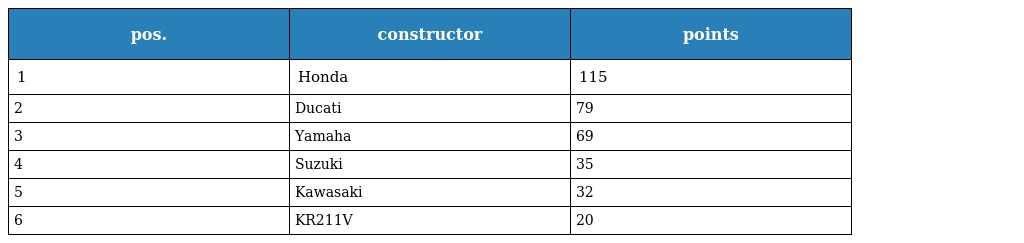
| pos. | constructor | points |
 | --- | --- | --- |
 | 1 | Honda | 115 |
 | 2 | Ducati | 79 |
 | 3 | Yamaha | 69 |
 | 4 | Suzuki | 35 |
 | 5 | Kawasaki | 32 |
 | 6 | KR211V | 20 |